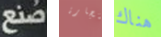
صنع بتجارة هناك